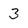
Character: 3